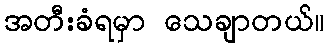
အတီးခံရမှာ သေချာတယ်။